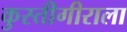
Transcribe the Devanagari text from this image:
कुस्तीगीराला